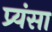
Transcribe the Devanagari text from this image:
प्र्यंसा